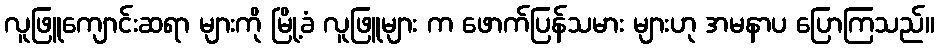
လူဖြူကျောင်းဆရာ များကို မြို့ခံ လူဖြူများ က ဖောက်ပြန်သမား များဟု အမနာပ ပြောကြသည်။